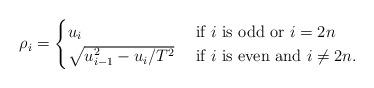
LaTeX: \begin{align*}\rho_{i}=\begin{cases}u_{i} & \textrm{ if }i\textrm{ is odd or }i=2n\\\sqrt{u_{i-1}^{2}-u_{i}/T^{2}} & \textrm{ if }i\textrm{ is even and }i\neq2n.\end{cases}\end{align*}